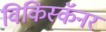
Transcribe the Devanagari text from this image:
विकिस्कॅनर